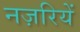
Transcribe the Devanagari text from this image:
नज़रियें